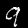
Label: 9